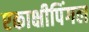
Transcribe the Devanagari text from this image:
एकाक्षीपिंगल